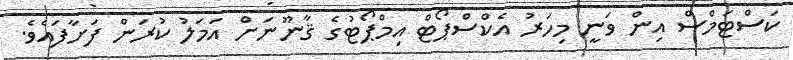
ކަސްޓަމްސް އިން ވަނީ މިހަރު އެކްސްޕޯޓް އިމްޕޯޓުގެ ޤާނޫނަށް އަމަލު ކުރަން ފަށާފައެވެ.